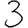
Digit: 3